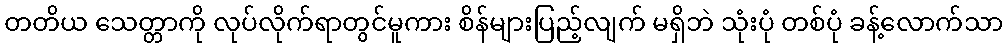
တတိယ သေတ္တာကို လုပ်လိုက်ရာတွင်မူကား စိန်များပြည့်လျက် မရှိဘဲ သုံးပုံ တစ်ပုံ ခန့်လောက်သာ